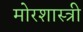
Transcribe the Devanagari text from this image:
मोरशास्त्री